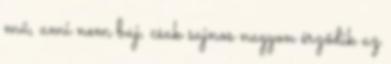
mű, ami nem baj, csak sajnos nagyon érződik az